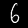
Digit: 6